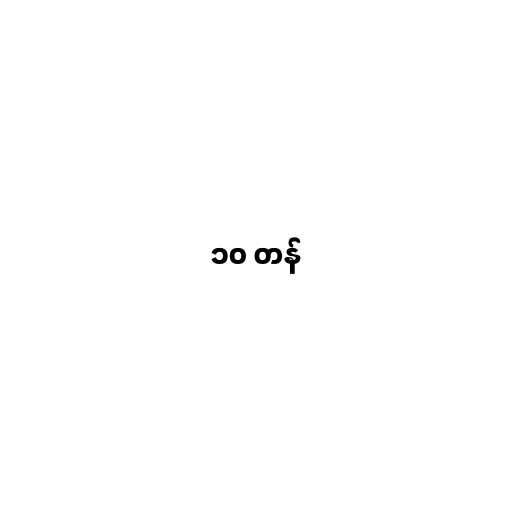
၁၀ တန်